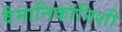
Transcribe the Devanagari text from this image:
वैमानिकांनिशी